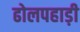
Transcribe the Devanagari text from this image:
ढोलपहाड़ी